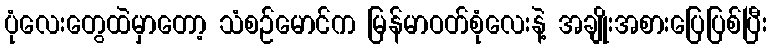
ပုံလေးတွေထဲမှာတော့ သံစဉ်မောင်က မြန်မာဝတ်စုံလေးနဲ့ အချိုးအစားပြေပြစ်ပြီး